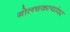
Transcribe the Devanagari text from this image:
गोलचकत्यांवर